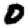
Digit: 0